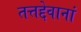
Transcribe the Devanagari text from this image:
तत्तद्देवानां